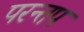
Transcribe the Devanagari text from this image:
परन्तप